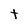
Character: t